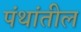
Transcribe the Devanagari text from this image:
पंथांतील